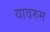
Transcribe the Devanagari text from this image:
यावरुम